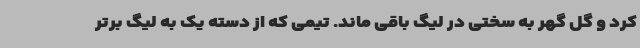
کرد و گل گهر به سختی در لیگ باقی ماند. تیمی که از دسته یک به لیگ برتر